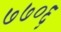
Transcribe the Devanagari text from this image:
७७०६